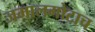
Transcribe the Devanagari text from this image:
जमालगोटाच